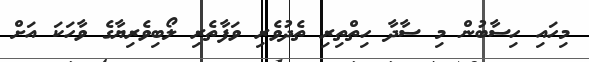
މިހައި ހިސާބުން މި ސާދާ ހިތްތިރި ތެދުވެރި ވަފާތެރި ލޯބިވެރިޔާގެ ވާހަކަ އަށް